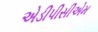
એડીપીસીએમ